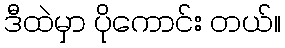
ဒီထဲမှာ ပိုကောင်း တယ်။